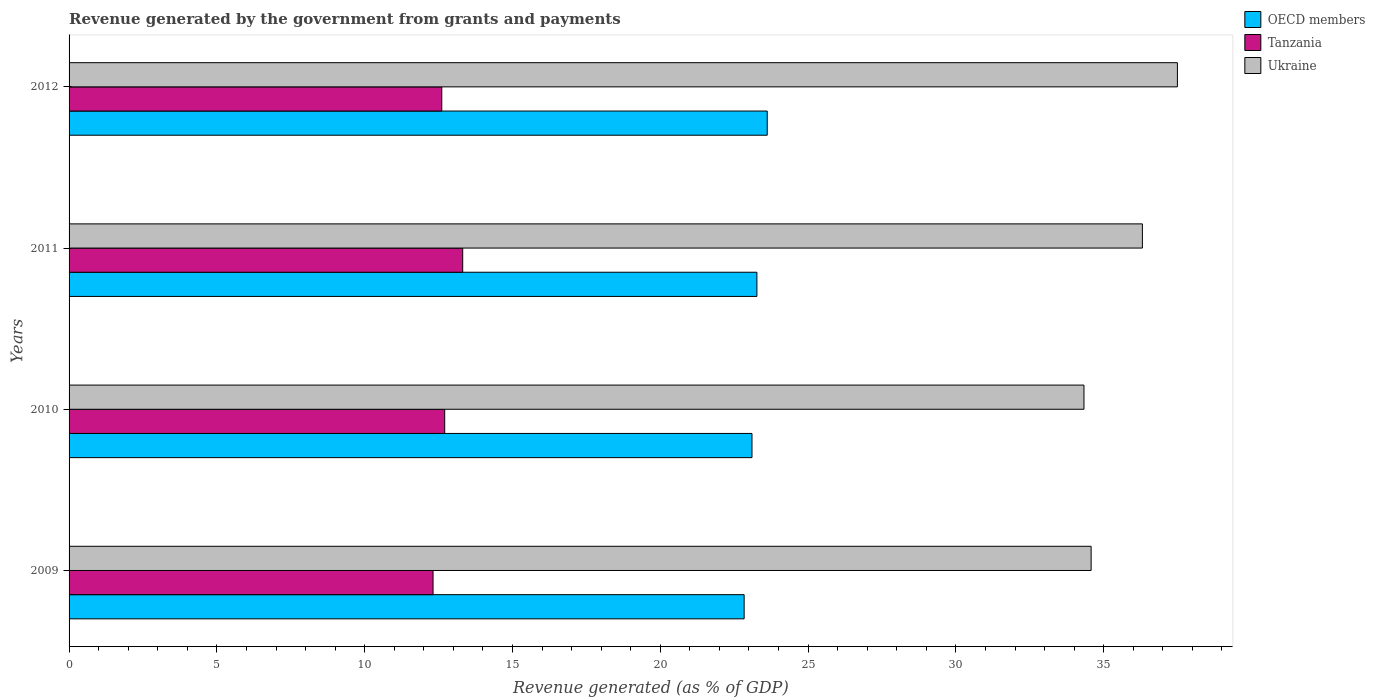
| Years | OECD members | Tanzania | Ukraine |
 | --- | --- | --- | --- |
 | 2009 | 22.8 | 12.3 | 34.6 |
 | 2010 | 23.1 | 12.7 | 34.3 |
 | 2011 | 23.3 | 13.3 | 36.3 |
 | 2012 | 23.6 | 12.6 | 37.5 |